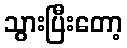
သွားပြီးတော့